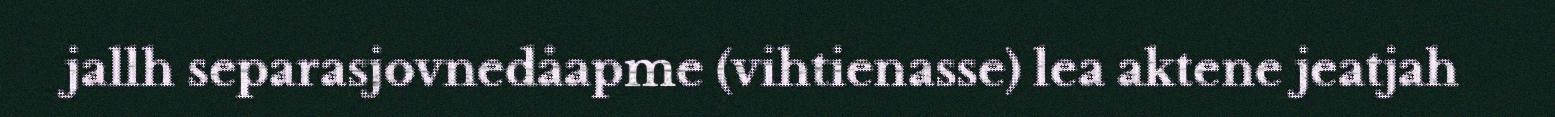
jallh separasjovnedåapme (vihtienasse) lea aktene jeatjah